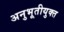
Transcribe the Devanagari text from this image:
अनुभूतीयुक्त